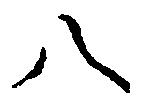
八